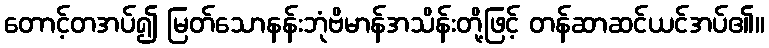
တောင့်တအပ်၍ မြတ်သောနန်းဘုံဗိမာန်အသိန်းတို့ဖြင့် တန်ဆာဆင်ယင်အပ်၏။